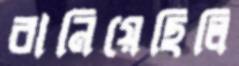
বানিয়েছিলি